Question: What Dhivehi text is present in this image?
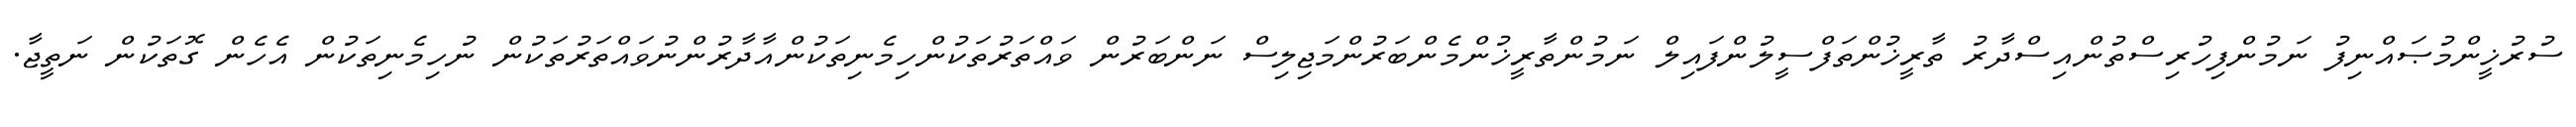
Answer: ސުރުޚީންމުޞައްނިފު ނަމުންފިހުރިސްތުންއިސްދާރު ތާރީޚުންތަފްސީލުންފައިލް ނަމުންތާރީޚުންމެންބަރުންމަޖިލިސް ނަންބަރުން ވައްތަރުތަކުންހިމެނިތަކުންއާދާރުންނުވައްތަރުތަކުން ނުހިމެނިތަކުން އެހެން ގޮތަކުން ނަތީޖާ.